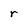
Character: r